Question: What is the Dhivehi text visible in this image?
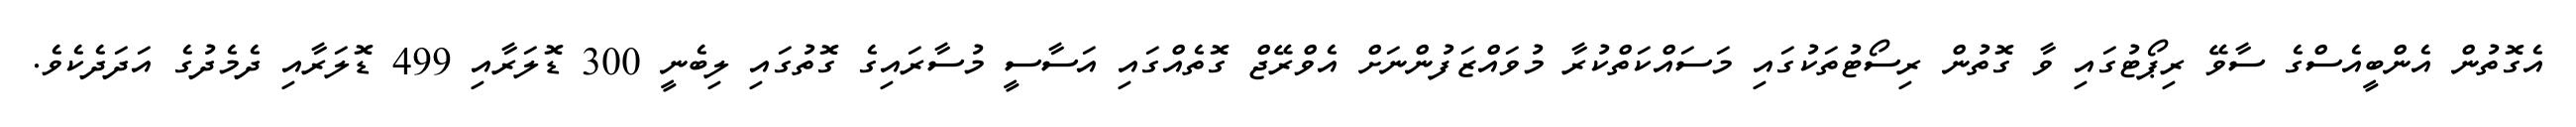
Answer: އެގޮތުން އެންބީއެސްގެ ސާވޭ ރިޕޯޓުގައި ވާ ގޮތުން ރިސޯޓުތަކުގައި މަސައްކަތްކުރާ މުވައްޒަފުންނަށް އެވްރޭޖް ގޮތެއްގައި އަސާސީ މުސާރައިގެ ގޮތުގައި ލިބެނީ 300 ޑޮލަރާއި 499 ޑޮލަރާއި ދެމެދުގެ އަދަދެކެވެ.